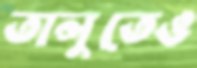
তালুতেও